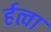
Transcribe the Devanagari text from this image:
र्हत्वा